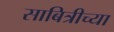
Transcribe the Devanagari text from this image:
साबित्रीच्या